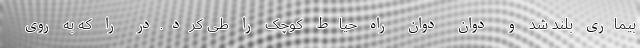
بیماری بلند شد و دوان دوان راه حیاط کوچک را طی کرد.در را که به روی